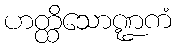
ဟတ္ထိသောဏ္ဍကံ